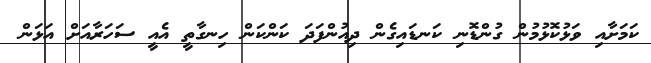
ކަމަށާއި ވަޅުކޮޅުމުން ގުންޑޮނި ކަނޑައިގެން ދިއުންފަދަ ކަންކަން ހިނގާތީ އެއީ ސަހަރާއަށް އަޅަން